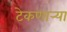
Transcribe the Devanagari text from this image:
टेकणार्‍या